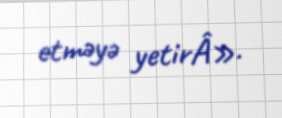
etməyə yetirÂ».